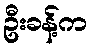
ဦးခန့်က